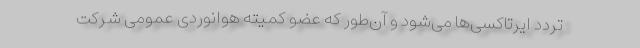
تردد ایرتاکسی‌ها می‌شود و آن‌طور که عضو کمیته هوانوردی عمومی شرکت